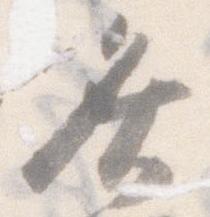
灸